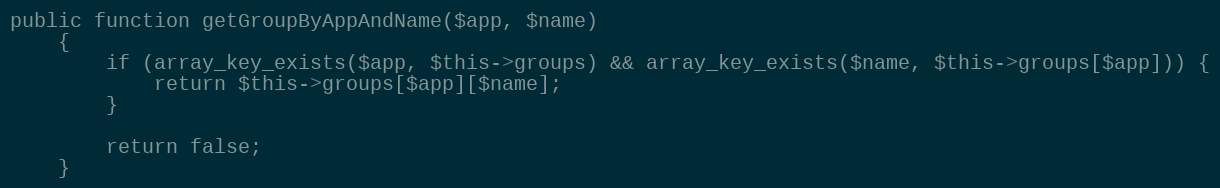
Language: PHP
public function getGroupByAppAndName($app, $name)
    {
        if (array_key_exists($app, $this->groups) && array_key_exists($name, $this->groups[$app])) {
            return $this->groups[$app][$name];
        }

        return false;
    }